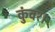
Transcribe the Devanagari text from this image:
कुंवर।